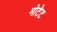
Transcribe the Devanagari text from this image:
मोटेट